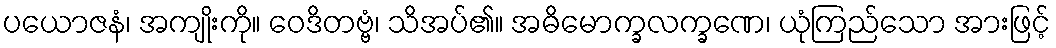
ပယောဇနံ၊ အကျိုးကို။ ဝေဒိတဗ္ဗံ၊ သိအပ်၏။ အဓိမောက္ခလက္ခဏေ၊ ယုံကြည်သော အားဖြင့်